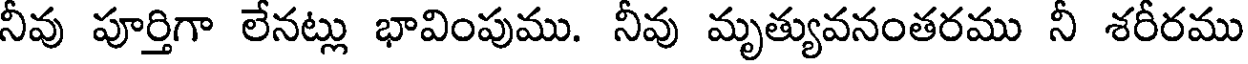
నీవు పూర్తిగా లేనట్లు భావింపుము. నీవు మృత్యువనంతరము నీ శరీరము